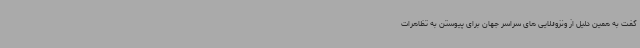
گفت به همین دلیل از ونزوئلایی های سراسر جهان برای پیوستن به تظاهرات